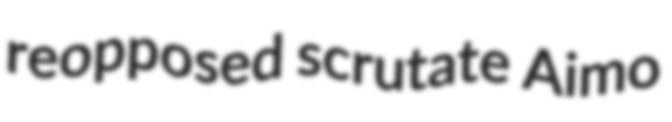
reopposed scrutate Aimo